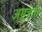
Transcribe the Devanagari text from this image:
अमूत्रता